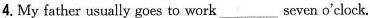
4.My father usually goes to work___seven o'clock.